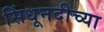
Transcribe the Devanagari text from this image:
सिंधूनदीच्या